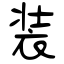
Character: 装